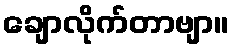
ချောလိုက်တာဗျာ။